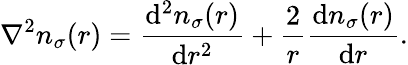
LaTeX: \nabla^{2}n_{\sigma}(r)=\frac{\mathrm{d}^{2}n_{\sigma}(r)}{\mathrm{d}r^{2}}+\frac{2}{r}\frac{\mathrm{d}n_{\sigma}(r)}{\mathrm{d}r}.